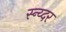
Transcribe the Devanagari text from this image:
स्न्य्दर